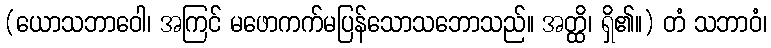
(ယောသဘာဝေါ၊ အကြင် မဖောကက်မပြန်သောသဘောသည်။ အတ္ထိ၊ ရှိ၏။) တံ သဘာဝံ၊